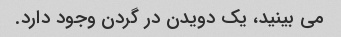
می بینید، یک دویدن در گردن وجود دارد.